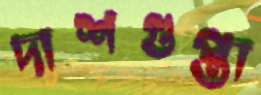
দাশগুপ্তা